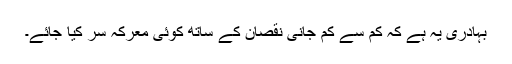
بہادری یہ ہے کہ کم سے کم جانی نقصان کے ساتھ کوئی معرکہ سر کیا جائے۔